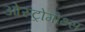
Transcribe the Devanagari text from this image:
ओस्ट्रोगोथ्स